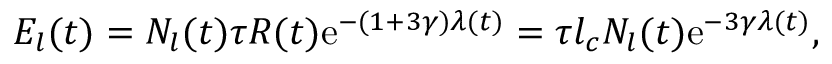
E _ { l } ( t ) = N _ { l } ( t ) \tau R ( t ) \mathrm { e } ^ { - ( 1 + 3 \gamma ) \lambda ( t ) } = \tau l _ { c } N _ { l } ( t ) \mathrm { e } ^ { - 3 \gamma \lambda ( t ) } ,